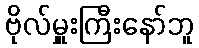
ဗိုလ်မှူးကြီးနော်ဘူ